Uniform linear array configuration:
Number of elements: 32
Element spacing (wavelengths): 0.75
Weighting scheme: hamming
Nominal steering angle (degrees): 45
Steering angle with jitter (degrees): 43.194
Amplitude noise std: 0.05
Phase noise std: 0.05

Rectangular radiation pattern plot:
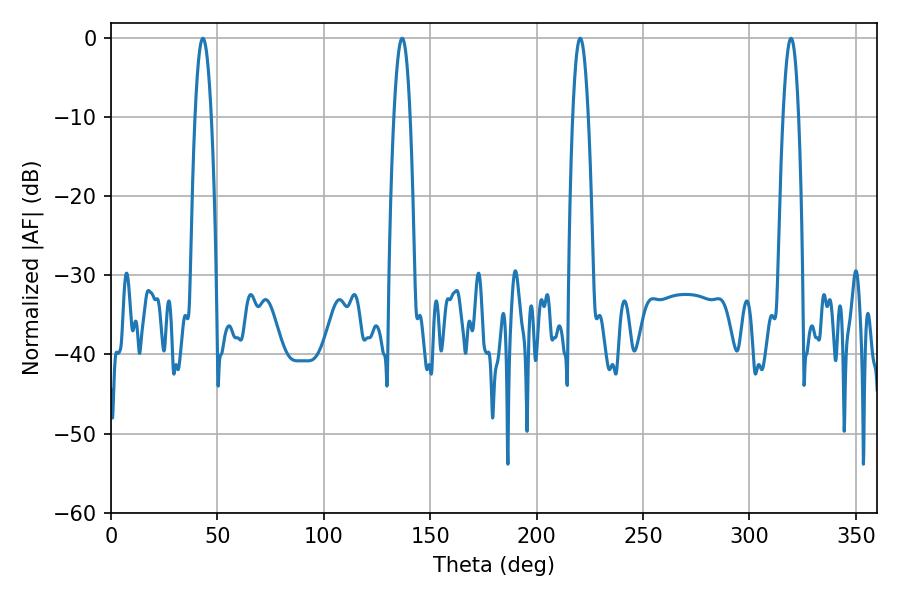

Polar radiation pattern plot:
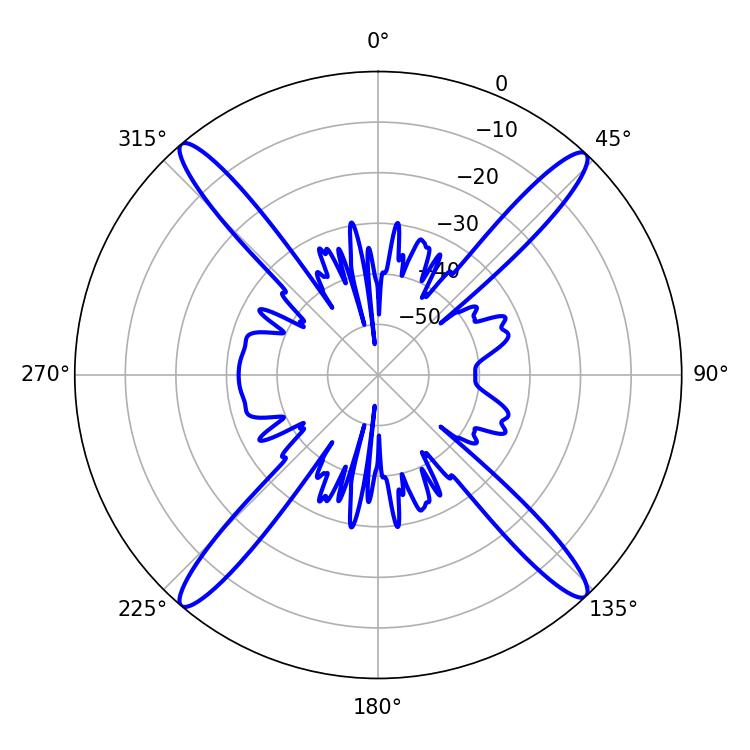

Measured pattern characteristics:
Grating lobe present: TRUE
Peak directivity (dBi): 23.14
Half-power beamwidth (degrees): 4.14
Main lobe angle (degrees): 43.2